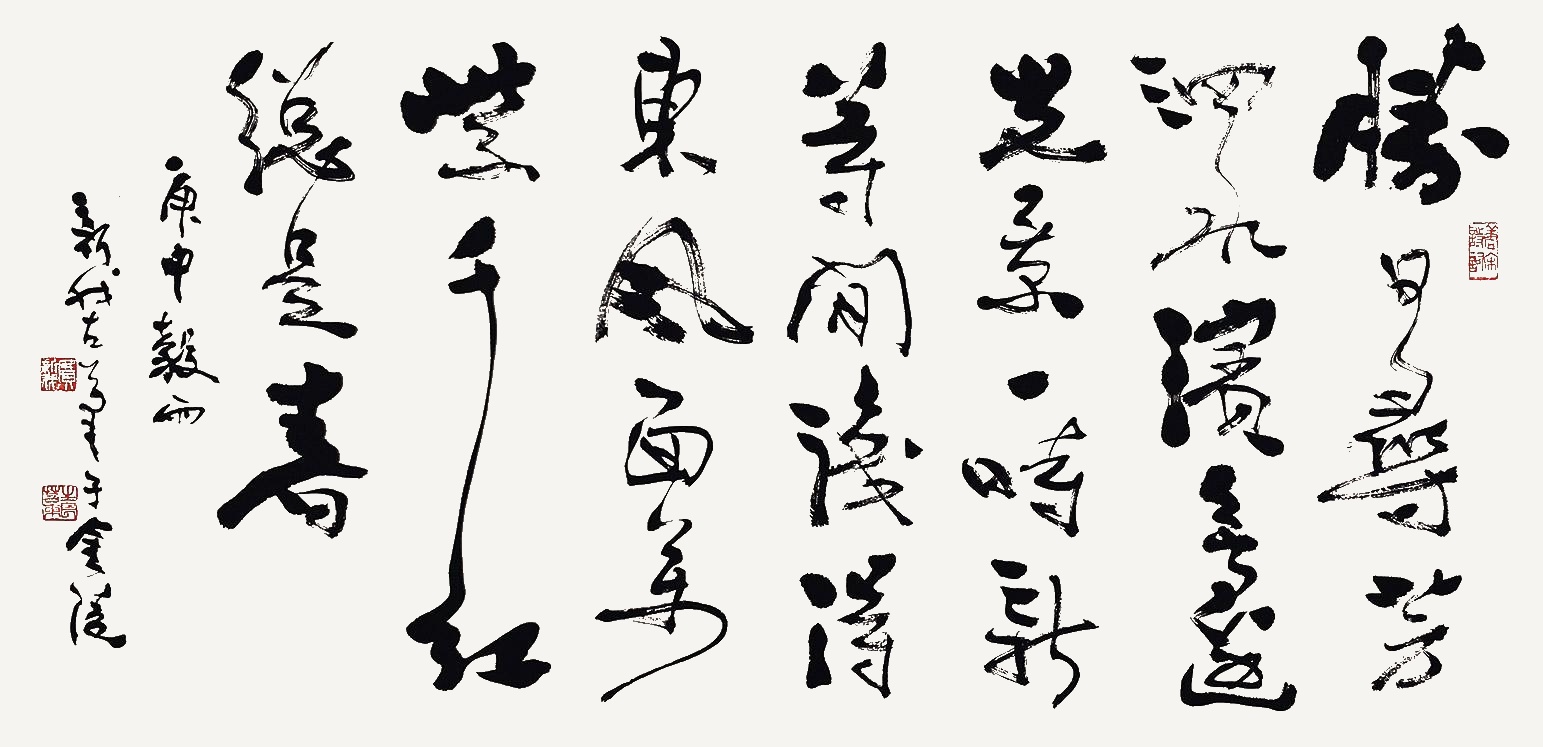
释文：胜日寻芳泗水滨，无边光景一时新。等闲识得东风面，万紫千红总是春。庚申谷雨，新我左笔于金陵。